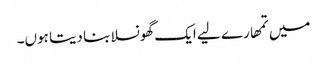
میں تمھارے لیے ایک گھونسلا بنا دیتا ہوں۔